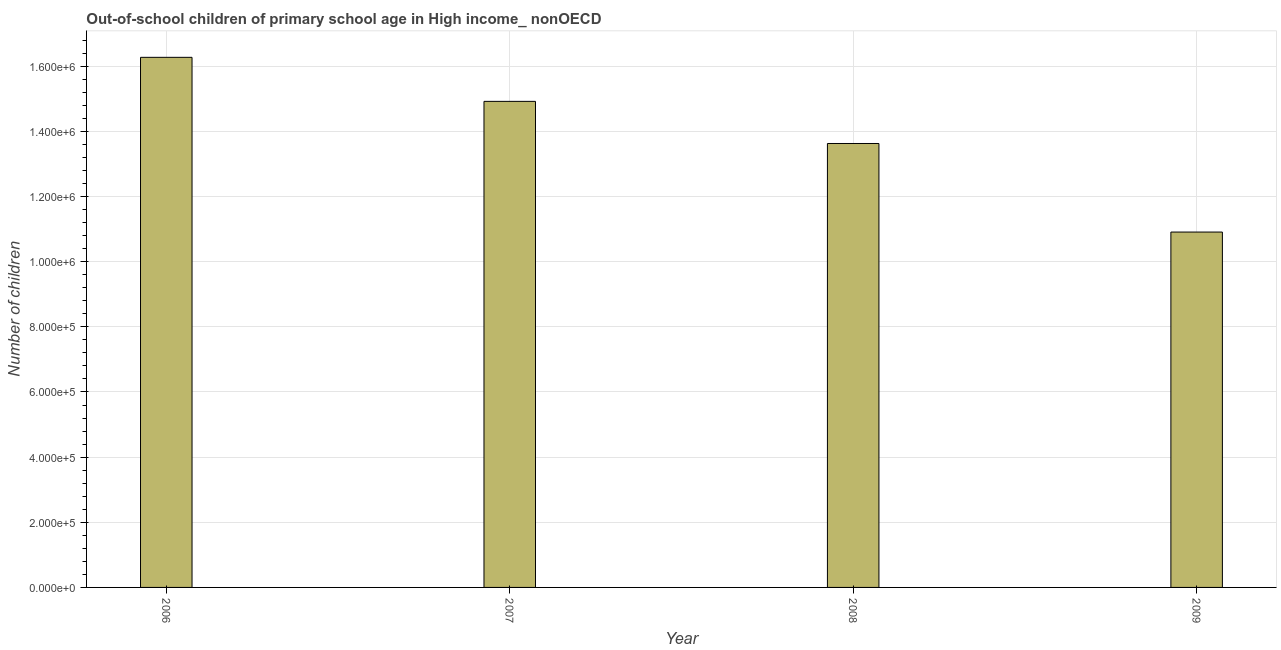
| Year | Out-of-school children of primary school age |
 | --- | --- |
 | 2006 | 1.63e+06 |
 | 2007 | 1.49e+06 |
 | 2008 | 1.36e+06 |
 | 2009 | 1.09e+06 |